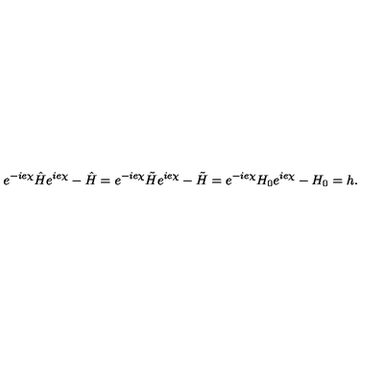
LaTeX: e ^ { - i e \chi } \hat { H } e ^ { i e \chi } - \hat { H } = e ^ { - i e \chi } \tilde { H } e ^ { i e \chi } - \tilde { H } = e ^ { - i e \chi } H _ { 0 } e ^ { i e \chi } - H _ { 0 } = h .